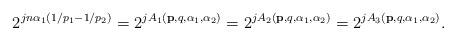
LaTeX: \begin{align*}2^{jn\alpha_1(1/p_1-1/p_2)}=2^{jA_1(\mathbf{p},q,\alpha_1,\alpha_2)}=2^{jA_2(\mathbf{p},q,\alpha_1,\alpha_2)}=2^{jA_3(\mathbf{p},q,\alpha_1,\alpha_2)}.\end{align*}